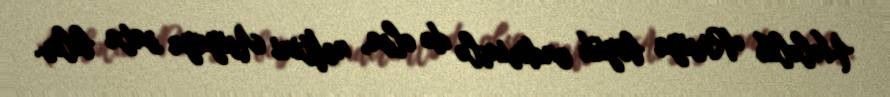
Hələlik Rusiya böyük endirimlə də olsa, neftini Asiyaya sata bilir.